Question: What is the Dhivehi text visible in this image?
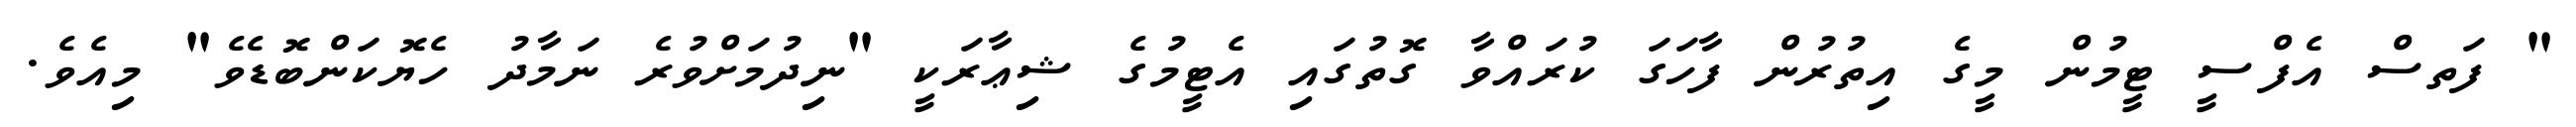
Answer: " ފަތސް އެފްސީ ޓީމުން މީގެ އިތުރުން ފާހަގަ ކުރައްވާ ގޮތުގައި އެޓީމުގެ ޝިޢާރަކީ "ނިދުމަށްވުރެ ނަމާދު ހެޔޮކަންބޮޑެވެ" މިއެވެ.